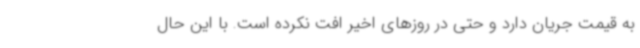
به قیمت جریان دارد و حتی در روزهای اخیر افت نکرده است. با این حال